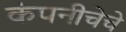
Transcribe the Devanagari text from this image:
कंपनीचेचे